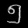
Digit: ၅